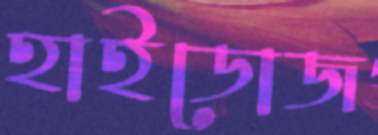
হাইডোজ